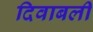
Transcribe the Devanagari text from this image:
दिवाबली